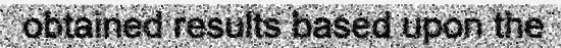
obtained results based upon the